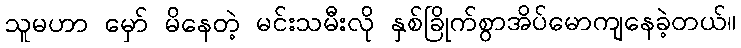
သူမဟာ မှော် မိနေတဲ့ မင်းသမီးလို နှစ်ခြိုက်စွာအိပ်မောကျနေခဲ့တယ်။